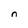
Character: n